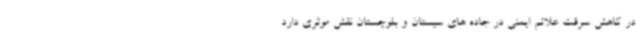
در کاهش سرقت علائم ایمنی در جاده های سیستان و بلوچستان نقش موثری دارد